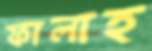
ফালাহ